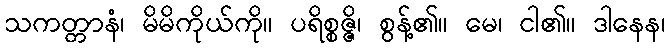
သကတ္တာနံ၊ မိမိကိုယ်ကို။ ပရိစ္စဇ္ဇိ၊ စွန့်၏။ မေ၊ ငါ၏။ ဒါနေန၊